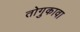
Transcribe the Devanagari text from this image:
तोगुकावा